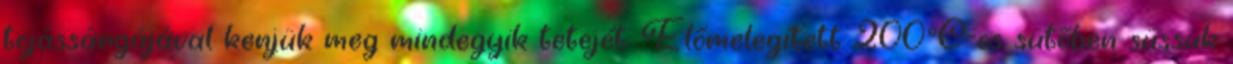
tojássárgájával kenjük meg mindegyik tetejét. Előmelegített 200°C-os sütőben süssük